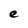
Character: e